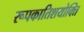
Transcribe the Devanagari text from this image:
रूपकातिशयोक्ति